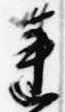
蓮